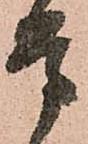
是